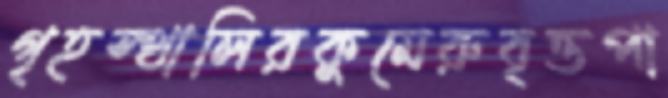
গৃহস্থালিরকুমেরুবৃত্তপা